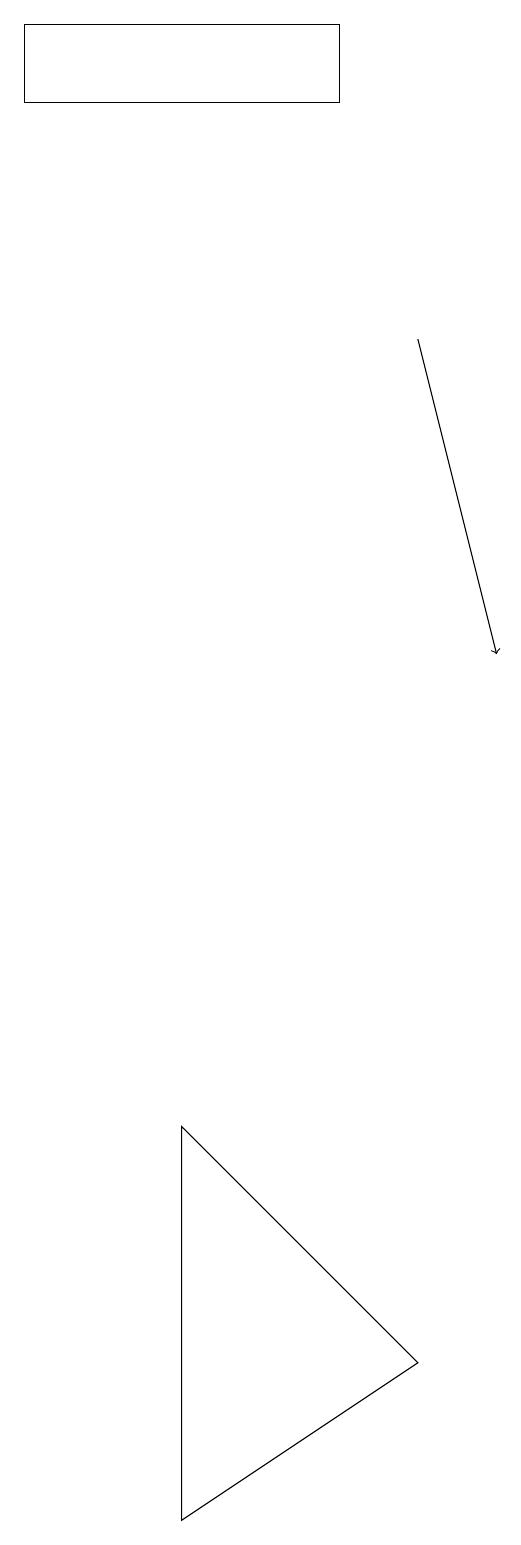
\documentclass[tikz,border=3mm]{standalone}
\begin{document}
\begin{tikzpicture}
\draw[->] (7,15) -- (8,11);
\draw (7,2) -- (4,5) -- (4,0) -- cycle;
\draw (6,18) rectangle (2,19);
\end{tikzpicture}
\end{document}